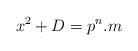
LaTeX: \begin{align*} x^2+D=p^{n}.m\end{align*}